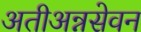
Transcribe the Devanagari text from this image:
अतीअन्नसेवन